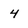
Character: 4